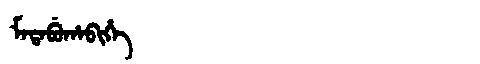
Manchu: ᠮᠠᡨᠠᠪᡠᡥᠠᠪᡳᡥᡝ
Romanization: MATABUHABIHE